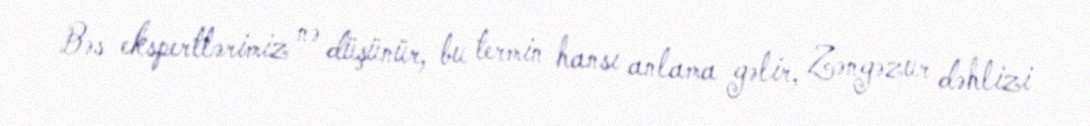
Bəs ekspertlərimiz nə düşünür, bu termin hansı anlama gəlir, Zəngəzur dəhlizi